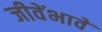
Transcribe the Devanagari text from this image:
जीवेंभावें